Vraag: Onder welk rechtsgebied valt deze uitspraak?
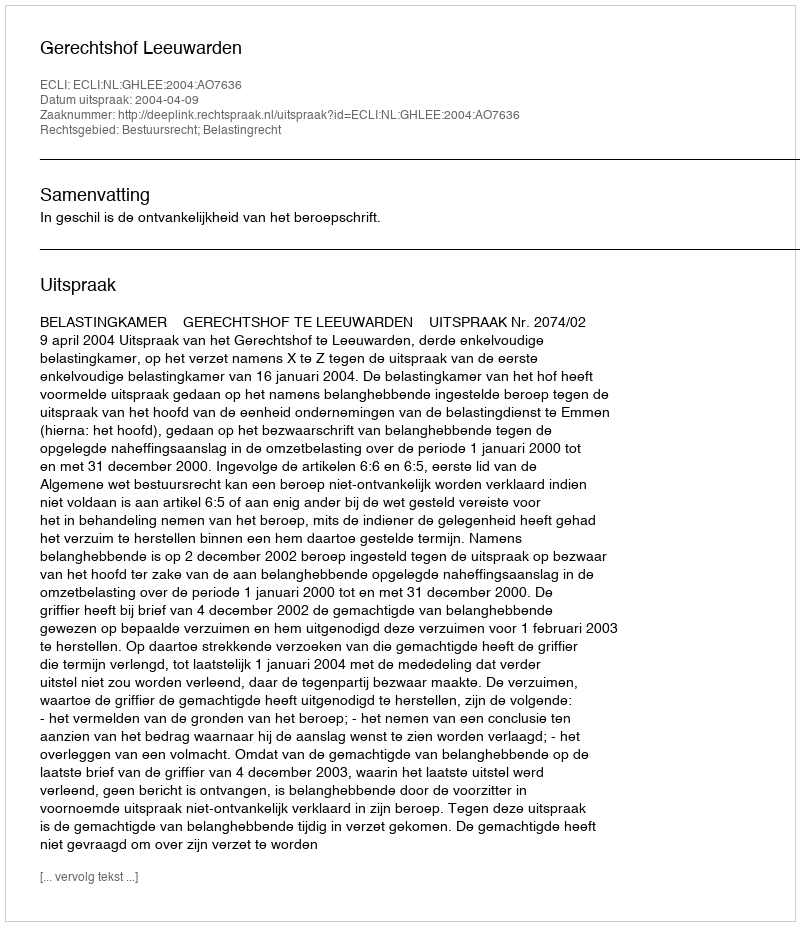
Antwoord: Bestuursrecht; Belastingrecht